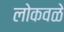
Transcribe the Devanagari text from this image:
लोकवळे